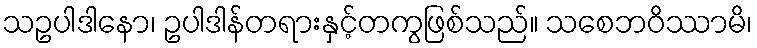
သဥပါဒါနော၊ ဥပါဒါန်တရားနှင့်တကွဖြစ်သည်။ သစေဘဝိဿာမိ၊